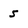
Character: 5